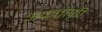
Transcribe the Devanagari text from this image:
अफ्रताफ़्री